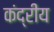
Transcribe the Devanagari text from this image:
कंद्रीय